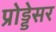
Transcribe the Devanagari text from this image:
प्रोड्डेसर